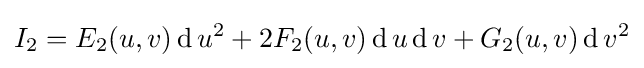
I_{2}=E_{2}(u,v)\operatorname {d} u^{2}+2F_{2}(u,v)\operatorname {d} u\operatorname {d} v+G_{2}(u,v)\operatorname {d} v^{2}